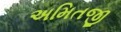
અમિતજી